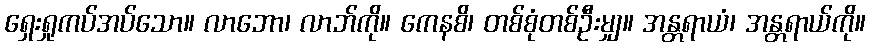
ရှေးရှုကပ်အပ်သော။ လာဘော၊ လာဘ်ကို။ ကေနစိ၊ တစ်စုံတစ်ဦးမျှ။ အန္တရာယံ၊ အန္တရာယ်ကို။